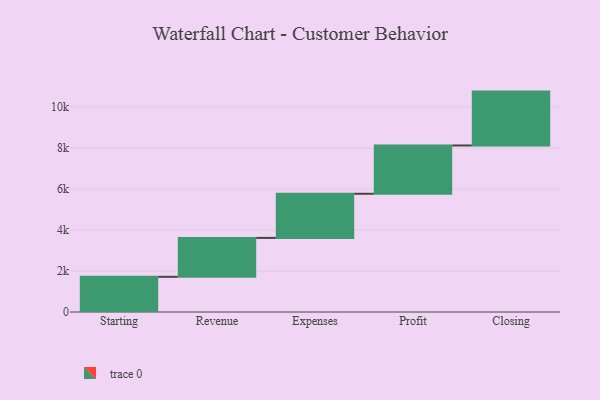
{"axis": {"x": "Step", "y": "Value"}, "legend": [""], "data": [{"x": "Starting", "y": 1717.0, "type": ""}, {"x": "Revenue", "y": 1898.0, "type": ""}, {"x": "Expenses", "y": 2154.0, "type": ""}, {"x": "Profit", "y": 2356.0, "type": ""}, {"x": "Closing", "y": 2628.0, "type": ""}]}